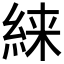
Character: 𱹴